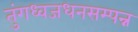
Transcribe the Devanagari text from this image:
तुंगध्वजधनसम्पन्न